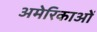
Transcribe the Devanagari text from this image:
अमेरिकाओं